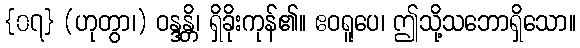
{၀၇} (ဟုတွာ၊) ဝန္ဒန္တိ၊ ရှိခိုးကုန်၏။ ဧဝရူပေ၊ ဤသို့သဘောရှိသော။